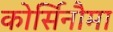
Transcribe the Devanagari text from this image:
कोर्सिनौमा